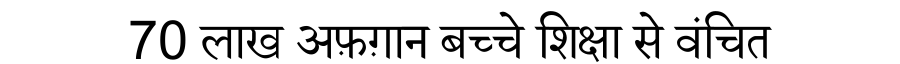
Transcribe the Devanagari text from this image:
70 लाख अफ़ग़ान बच्चे शिक्षा से वंचित